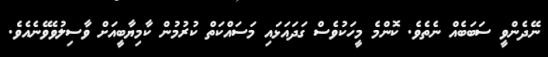
ނޭދެންވީ ސަބަބެއް ނެތެވެ. ކޮންމެ މީހަކުވެސް ގަދައަޅައި މަސައްކަތް ކުރުމުން ކާމިޔާބީއަށް ވާސިލުވެވޭނެއެވެ.